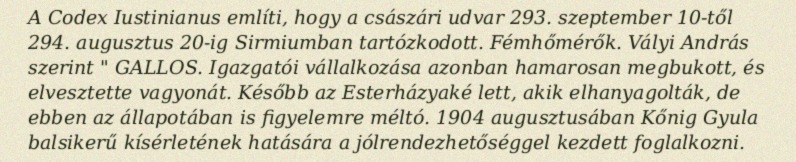
A Codex Iustinianus említi, hogy a császári udvar 293. szeptember 10-től 294. augusztus 20-ig Sirmiumban tartózkodott. Fémhőmérők. Vályi András szerint " GALLOS. Igazgatói vállalkozása azonban hamarosan megbukott, és elvesztette vagyonát. Később az Esterházyaké lett, akik elhanyagolták, de ebben az állapotában is figyelemre méltó. 1904 augusztusában Kőnig Gyula balsikerű kísérletének hatására a jólrendezhetőséggel kezdett foglalkozni.